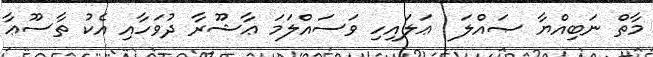
މާތް ނަބިއްޔާ ޞައްލަ  ޢަލައިހި ވަސައްލަމަ ޢާޝޫރާ ދުވަހާއި އެކު ތާސޫޢާ